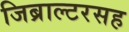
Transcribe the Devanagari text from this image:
जिब्राल्टरसह